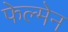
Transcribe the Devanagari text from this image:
फेल्मेन